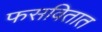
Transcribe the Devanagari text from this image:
फसवितात